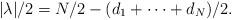
LaTeX: \begin{align*}|\lambda|/2 = N/2 - (d_1 + \cdots + d_N)/2.\end{align*}